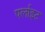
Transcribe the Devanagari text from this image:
पर्लाइट